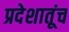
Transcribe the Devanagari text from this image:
प्रदेशातूंच